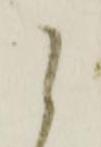
候